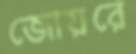
জোয়রে